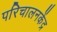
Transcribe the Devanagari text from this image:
परिचालनकेंद्र